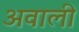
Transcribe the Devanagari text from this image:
अवाली